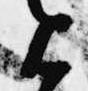
上